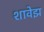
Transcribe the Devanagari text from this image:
शावेझ